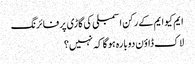
ایم کیو ایم کے رکن اسمبلی کی گاڑی پر فائرنگ
لاک ڈاؤن دوبارہ ہوگا کہ نہیں؟